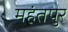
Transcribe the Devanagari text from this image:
महंतपुर